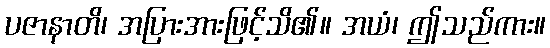
ပဇာနာတိ၊ အပြားအားဖြင့်သိ၏။ အယံ၊ ဤသည်ကား။